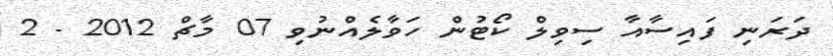
ދަރަނި ފައިސާއާ ސިވިލް ކޯޓުން ހަވާލެއްނުވި 07 މާޗް 2012 - 2